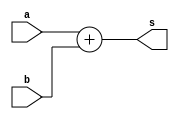
// This program was cloned from: https://github.com/Nilesh002/Multiplication-and-Accumulation-Unit-MAC-
// License: MIT License

module add32(a,b,s);
input [31:0]a,b;
output [31:0]s;

assign s=a+b;

endmodule